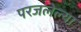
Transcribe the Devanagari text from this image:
परजलेल्या